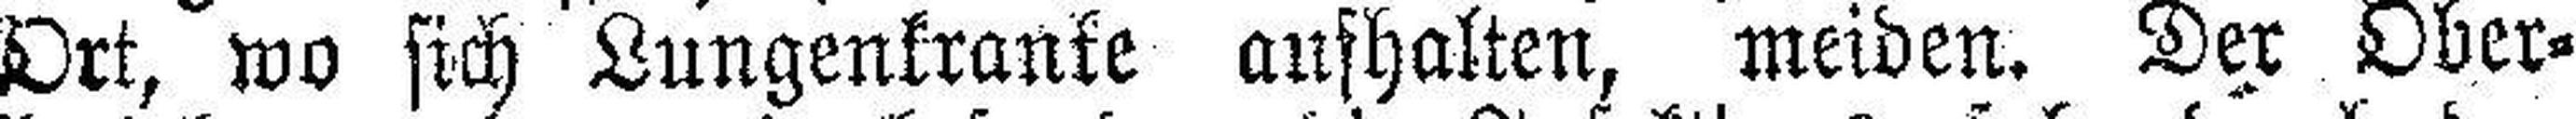
Ort, wo sich Lungenkranke aufhalten, meiden. Der Ober¬